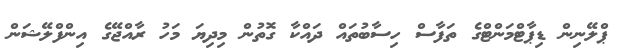
ޕްލޭނިން ޑިޕާޓްމަންޓްގެ ތަފާސް ހިސާބުތައް ދައްކާ ގޮތުން މިދިޔަ މަހު ރާއްޖޭގެ އިންފްލޭޝަން